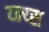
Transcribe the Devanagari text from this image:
य्न्य्स